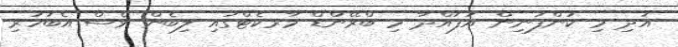
އަދި މި ކުންފުނިން އުފައްދާ މި ބްރޭންޑް މާރކެޓްގައި ލިބެން ވެސް އެބަހުރި